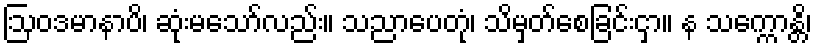
ဩဝဒမာနာပိ၊ ဆုံးမသော်လည်း။ သညာပေတုံ၊ သိမှတ်စေခြင်းငှာ။ န သက္ကောန္တိ၊